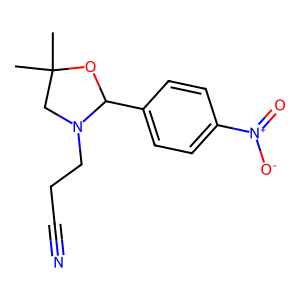
SMILES: CC1(C)CN(CCC#N)C(c2ccc([N+](=O)[O-])cc2)O1
Inhibits HIV replication: No